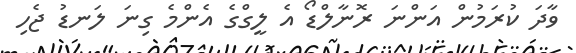
ވާދަ ކުރަމުން އަންނަ ރޮނާލްޑޯ އެ ލީގްގެ އެންމެ ގިނަ ލަނޑު ޖެހި